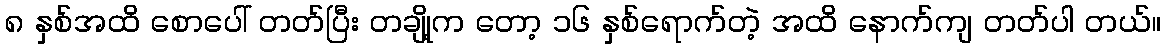
၈ နှစ်အထိ စောပေါ် တတ်ပြီး တချို့က တော့ ၁၆ နှစ်ရောက်တဲ့ အထိ နောက်ကျ တတ်ပါ တယ်။